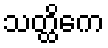
သတ္ထိကေ